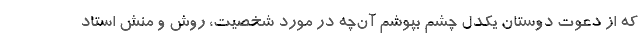
که از دعوت دوستان یکدل چشم بپوشم آن‌چه در مورد شخصیت، روش و منش استاد